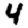
Digit: 4